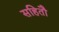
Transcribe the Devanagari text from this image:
सहितौ